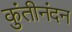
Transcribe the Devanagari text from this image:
कुंतीनंदन